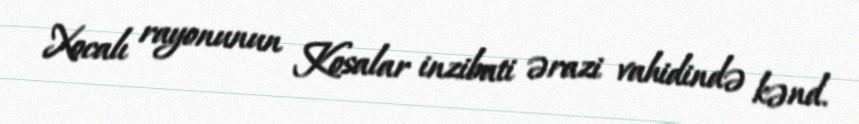
Xocalı rayonunun Kosalar inzibati ərazi vahidində kənd.